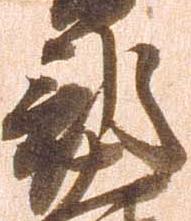
部